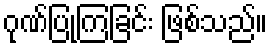
ဂုဏ်ပြုကြခြင်း ဖြစ်သည်။